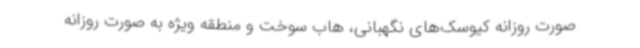
صورت روزانه کیوسک‌های نگهبانی، هاب سوخت و منطقه ویژه به صورت روزانه